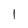
Character: 1